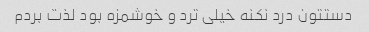
دستتون درد نکنه خیلی ترد و خوشمزه بود لذت بردم